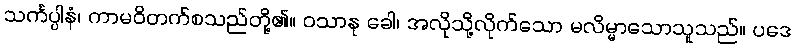
သင်္ကပ္ပါနံ၊ ကာမဝိတက်စသည်တို့၏။ ဝသာနု ခေါ၊ အလိုသို့လိုက်သော မလိမ္မာသောသူသည်။ ပဒေ